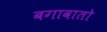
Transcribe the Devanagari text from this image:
बगावातो